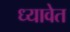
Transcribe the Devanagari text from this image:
ध्यावेत